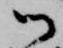
御